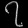
Digit: ၇